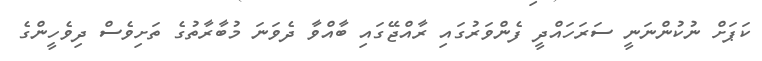
ކަޕަށް ނުކުންނަނީ ސަރަހައްދީ ފެންވަރުގައި ރާއްޖޭގައި ބާއްވާ ދެވަނަ މުބާރާތުގެ ތަށިވެސް ދިވެހީންގެ